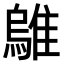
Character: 𫕜